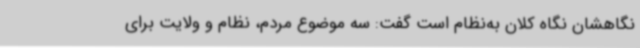
نگاهشان نگاه کلان به‌نظام است گفت: سه موضوع مردم، نظام و ولایت برای